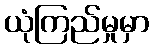
ယုံကြည်မှုမှာ